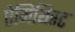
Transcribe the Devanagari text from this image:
ऐमिथिस्ट